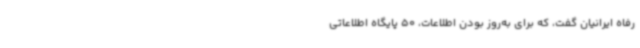
رفاه ایرانیان گفت، که برای به‌روز بودن اطلاعات، 50 پایگاه اطلاعاتی